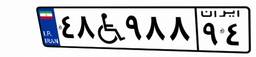
۹۰W۴۹۳۲۲